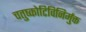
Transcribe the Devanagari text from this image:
चतुष्कोटिविनिर्मुक्त